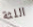
اللثة